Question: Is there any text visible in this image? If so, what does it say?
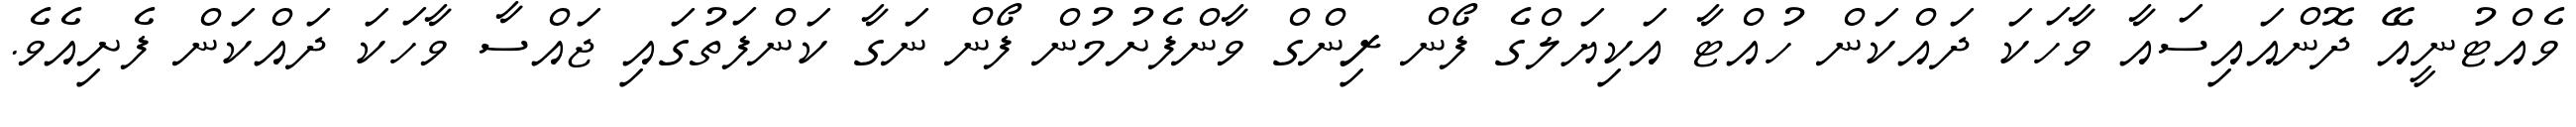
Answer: ވެއްޓުނީއޭ ދޮންއައިސައާ ވާހަކަ ދައްކަން ހުއްޓާ އަކިޔަލްގެ ފޯން ރިންގް ވާންފެށުމުން ފޯން ނަގާ ކަންފަތުގައި ޖައްސާ ވާހަކަ ދައްކަން ފެށިއެވެ.